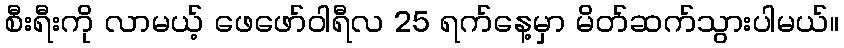
စီးရီးကို လာမယ့် ဖေဖော်ဝါရီလ 25 ရက်နေ့မှာ မိတ်ဆက်သွားပါမယ်။